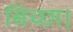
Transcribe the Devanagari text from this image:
सिच्‍छा।